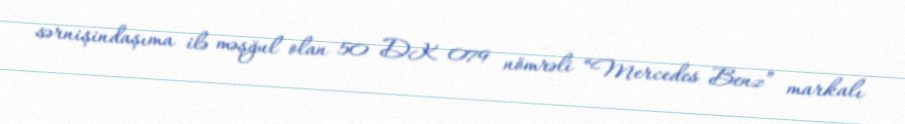
sərnişindaşıma ilə məşğul olan 50 DK 079 nömrəli “Mercedes Benz” markalı